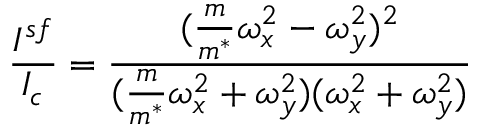
\frac { I ^ { s f } } { I _ { c } } = \frac { ( \frac { m } { m ^ { * } } \omega _ { x } ^ { 2 } - \omega _ { y } ^ { 2 } ) ^ { 2 } } { ( \frac { m } { m ^ { * } } \omega _ { x } ^ { 2 } + \omega _ { y } ^ { 2 } ) ( \omega _ { x } ^ { 2 } + \omega _ { y } ^ { 2 } ) }